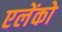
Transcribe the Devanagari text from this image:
एलेंको